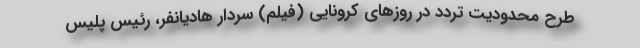
طرح محدودیت تردد در روزهای کرونایی (فیلم) سردار هادیانفر، رئیس پلیس